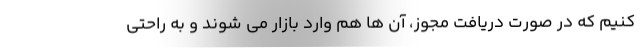
کنیم که در صورت دریافت مجوز، آن ها هم وارد بازار می شوند و به راحتی